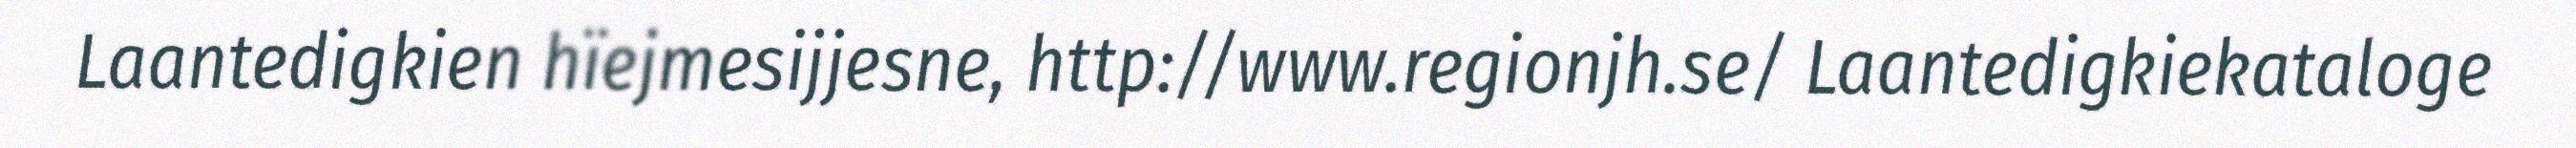
Laantedigkien hïejmesijjesne, http://www.regionjh.se/ Laantedigkiekataloge